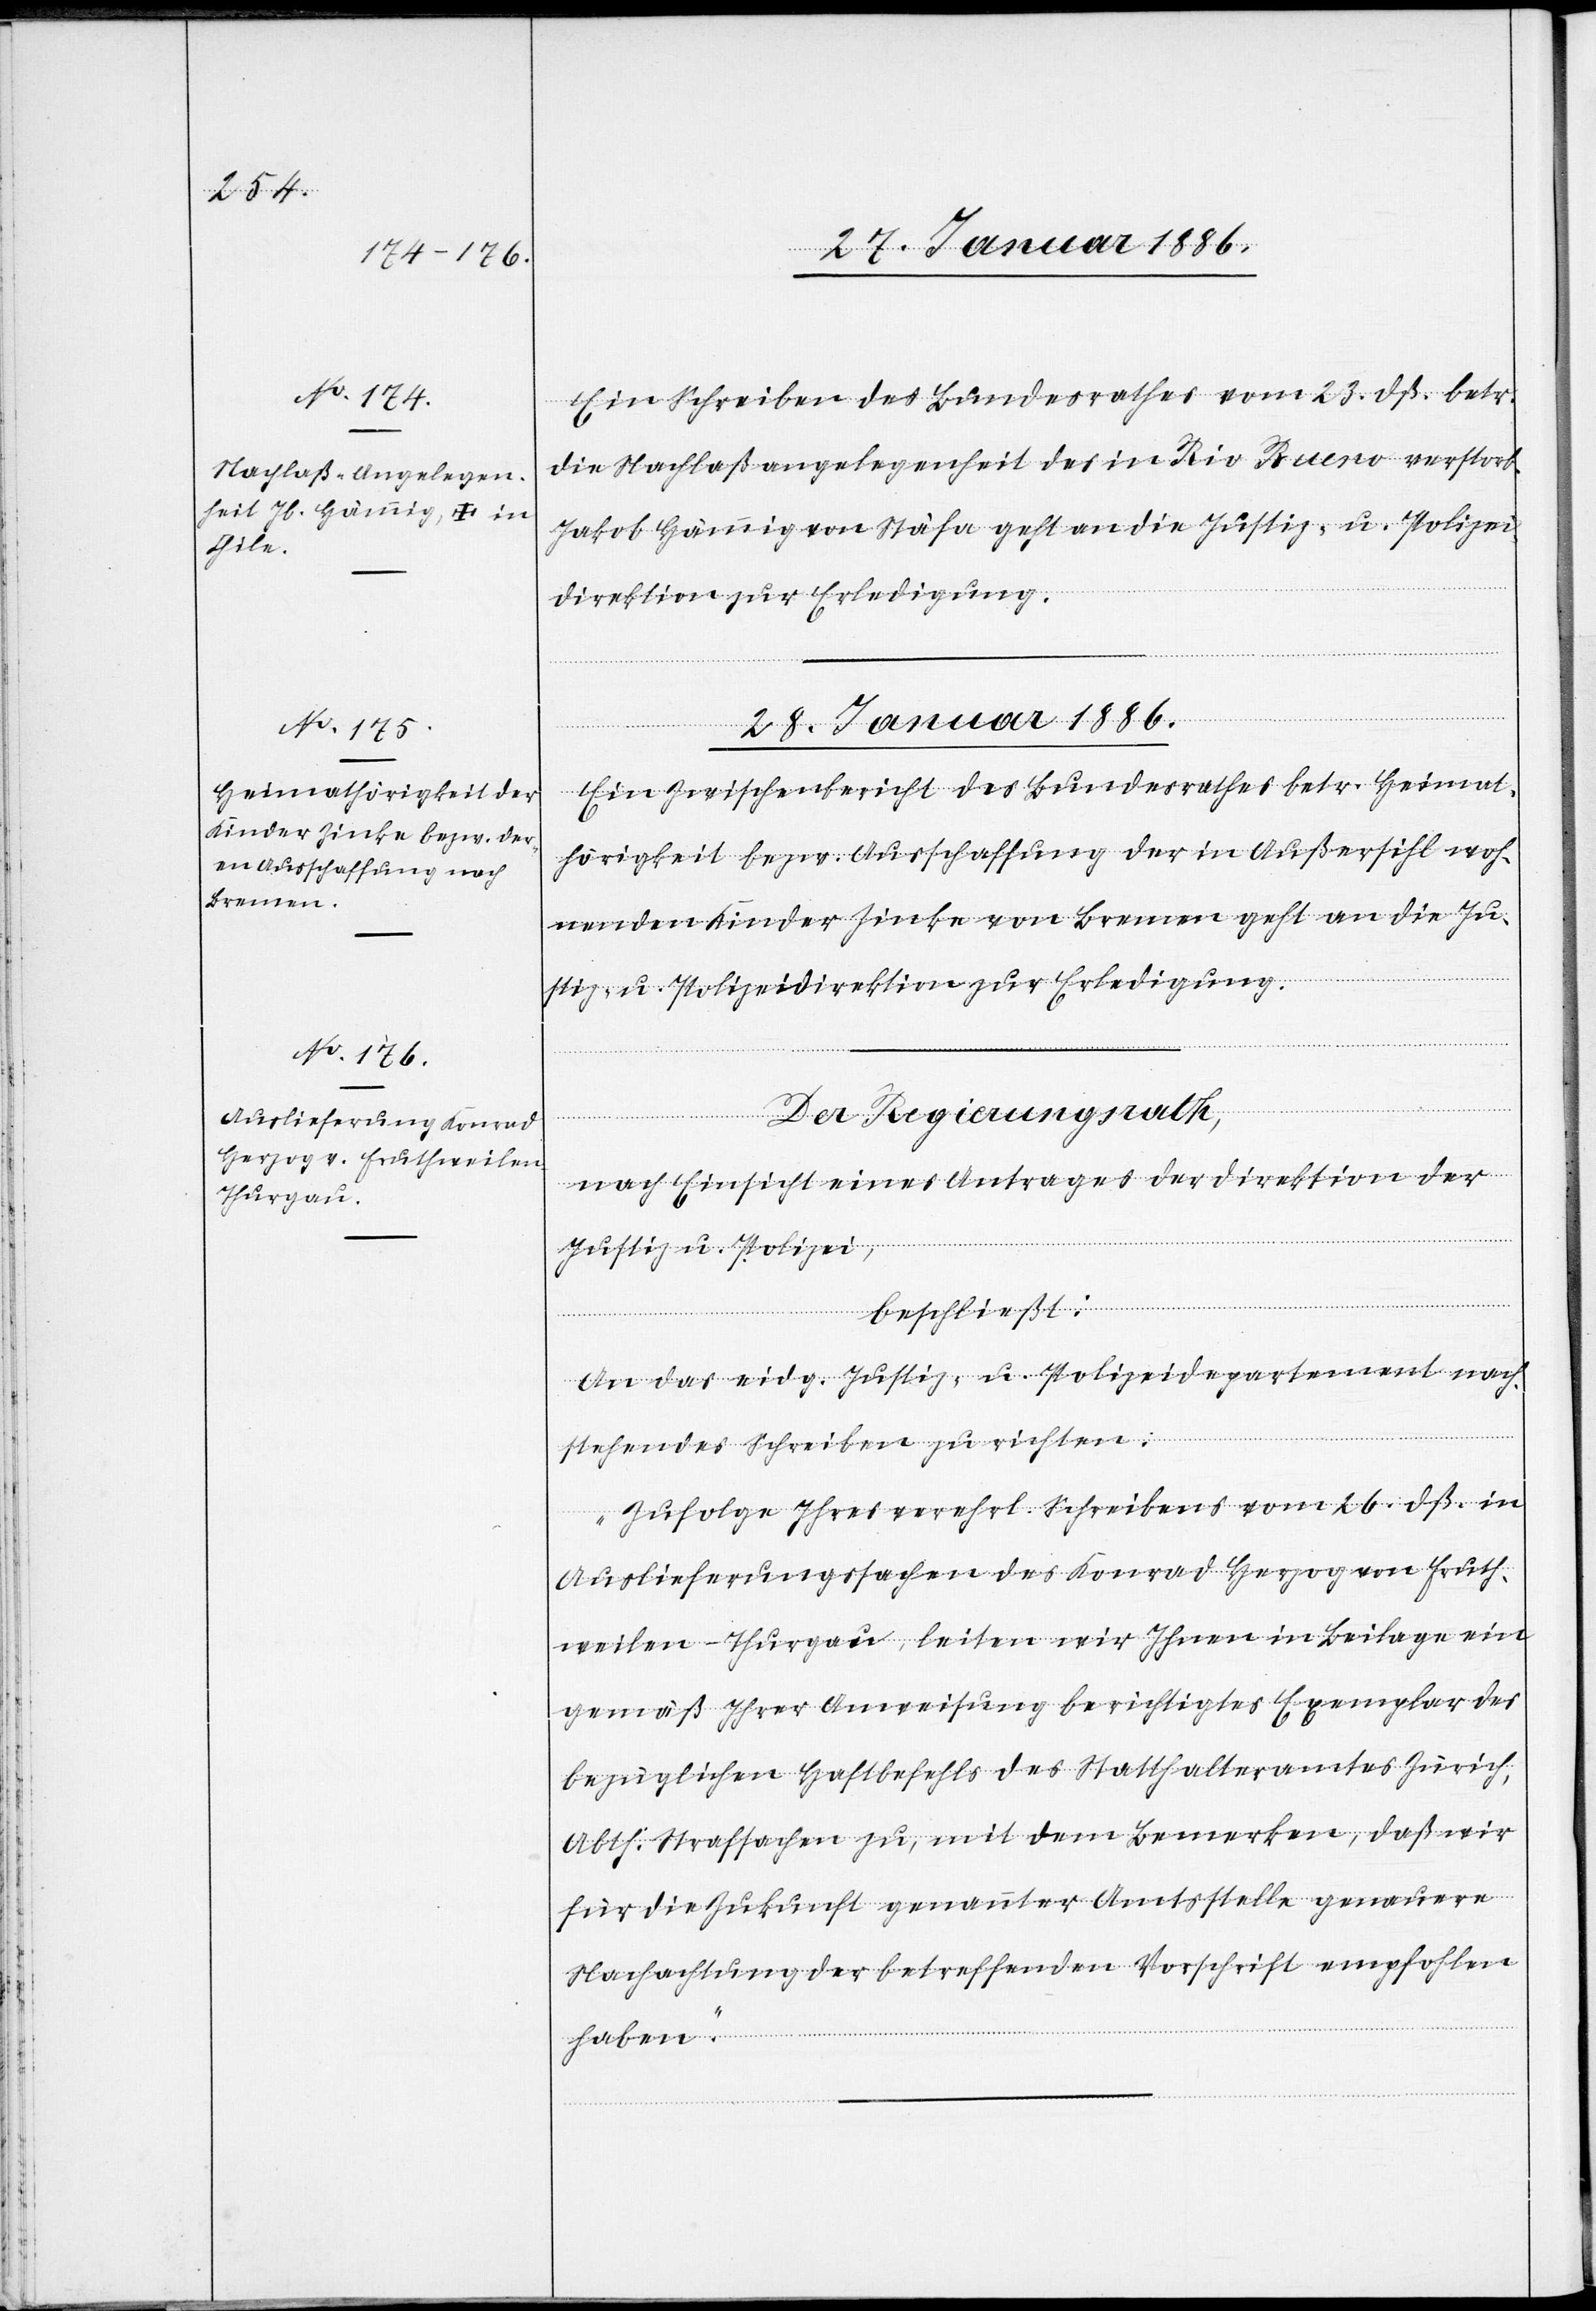
28. Januar 1886.]
Ein Schreiben des Bundesrathes vom 23. dß. betr.
die Nachlaßangelegenheit des in Rio Buero verstorb¬
Jakob Hämig von Stäfa geht an die Justiz- u. Polizei¬
direktion zur Erledigung.
Ein Zwischenbericht des Bundesrathes betr. Heimat¬
hörigkeit bzw. Ausschaffung der in Außersihl woh¬
nenden Kinder Zinke von Bremen geht an die Ju¬
stiz- u. Polizeidirektion zur Erledigung.
Der Regierungsrath
nach Einsicht eines Antrages der Direktion der
Justiz- u. Polizei,
beschließt:
An das eidg. Justiz- u. Polizeidepartement nach¬
stehendes Schreiben zu richten:
„Zufolge Ihres verehrl. Schreibens vom 26. dß. in
Auslieferungssachen des Konrad Herzog von Fruth¬
weilen - Thurgau, leiten wir Ihnen in Beilage ein
gemäß Ihrer Anweisung berichtigtes Exemplar des
bezüglichen Haftbefehls des Statthalteramtes Zürich,
Abth. Strafsachen zu, mit dem Bemerken, daß wir
für die Zukunft genannter Amtsstelle genauere
Nachachtung der betreffenden Vorschrift empfohlen
ge¬
haben.“